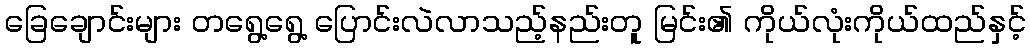
ခြေချောင်းများ တရွေ့ရွေ့ ပြောင်းလဲလာသည့်နည်းတူ မြင်း၏ ကိုယ်လုံးကိုယ်ထည်နှင့်